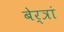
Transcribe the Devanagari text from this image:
बेर्त्रां